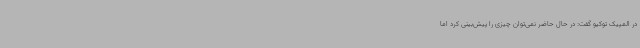
در المپیک توکیو گفت: در حال حاضر نمی‌توان چیزی را پیش‌بینی کرد اما